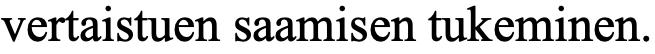
vertaistuen saamisen tukeminen.